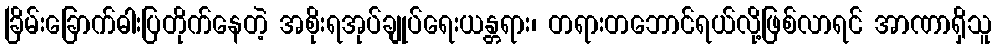
ခြိမ်းခြောက်ဓါးပြတိုက်နေတဲ့ အစိုးရအုပ်ချုပ်ရေးယန္တရား၊ တရားတဘောင်ရယ်လို့ဖြစ်လာရင် အာဏာရှိသူ